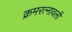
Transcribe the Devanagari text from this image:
क्रमरत्नावली